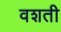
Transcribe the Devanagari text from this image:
वशती